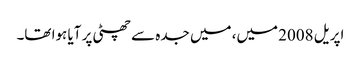
اپریل 2008 میں، میں جدہ سے چھٹی پر آیا ہوا تھا۔